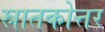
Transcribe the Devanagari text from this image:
स्रातकोत्तर